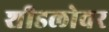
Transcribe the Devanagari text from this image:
शीडलोवर